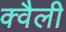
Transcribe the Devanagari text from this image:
क्वैली